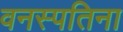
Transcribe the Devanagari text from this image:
वनस्पतिना